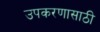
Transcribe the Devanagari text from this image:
उपकरणासाठी